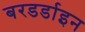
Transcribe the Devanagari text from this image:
बरडर्डाइन